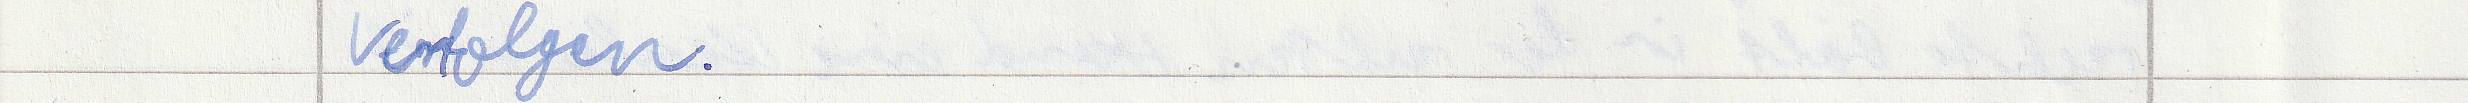
verfolgen.